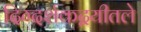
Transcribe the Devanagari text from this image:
दिग्दर्शकद्वयीतले